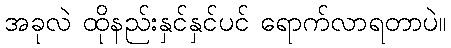
အခုလဲ ထိုနည်းနှင်နှင်ပင် ရောက်လာရတာပဲ။